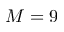
M = 9